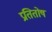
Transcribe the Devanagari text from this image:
प्रतितोष